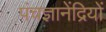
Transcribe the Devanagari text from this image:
पंचज्ञानेंद्रियों